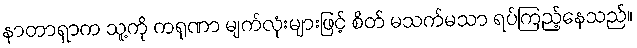
နာတာရှာက သူ့ကို ကရုဏာ မျက်လုံးများဖြင့် စိတ် မသက်မသာ ရပ်ကြည့်နေသည်။